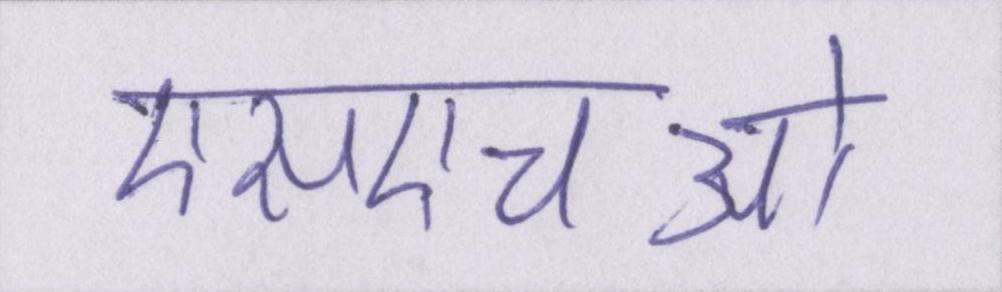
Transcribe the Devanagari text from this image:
एसएचओ